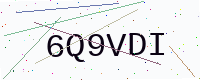
Text: 6Q9VDI